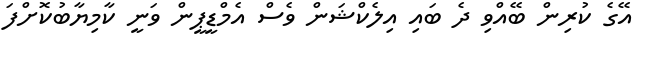
އޭގެ ކުރިން ބޭއްވި ދެ ބައި އިލެކްޝަން ވެސް އެމްޑީޕީން ވަނީ ކާމިޔާބުކޮށްފަ